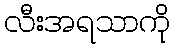
လီးအရသာကို